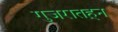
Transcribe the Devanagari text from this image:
गुजरातहून